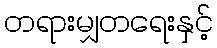
တရားမျှတရေးနှင့်